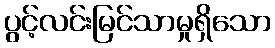
ပွင့်လင်းမြင်သာမှုရှိသော